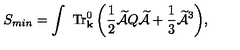
\displaystyle { S _ { m i n } = \int \ { \mathrm { T r } } _ { \mathrm { \bf { k } } } ^ { 0 } \left( \frac { 1 } { 2 } \widetilde { { \cal A } } Q \widetilde { { \cal A } } + \frac { 1 } { 3 } \widetilde { { \cal A } } ^ { 3 } \right) } ,